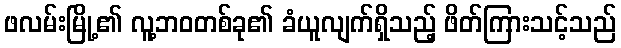
ဖလမ်းမြို့၏ လူ့ဘဝတစ်ခု၏ ခံယူလျက်ရှိသည့် ဖိတ်ကြားသင့်သည်